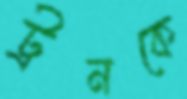
ট্রনকে